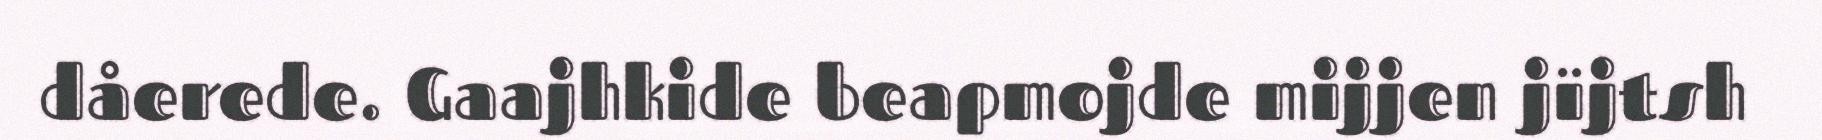
dåerede. Gaajhkide beapmojde mijjen jïjtsh